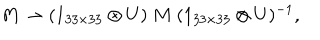
M \rightarrow ( 1 _ { 3 3 \times 3 3 } \otimes U ) \ M \ ( 1 _ { 3 3 \times 3 3 } \otimes U ) ^ { - 1 } ,